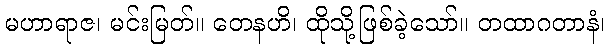
မဟာရာဇ၊ မင်းမြတ်။ တေနဟိ၊ ထိုသို့ဖြစ်ခဲ့သော်။ တထာဂတာနံ၊